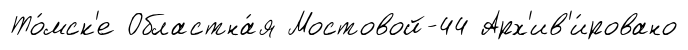
То́мск'е Областна́я Мостовой-44 Арх'ив'и́ровано